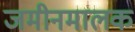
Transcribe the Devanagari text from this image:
जमीनमालक